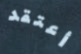
أعتقد